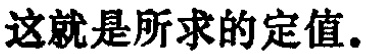
这就是所求的定值.